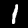
Digit: 1